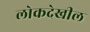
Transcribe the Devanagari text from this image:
लोकदेखील